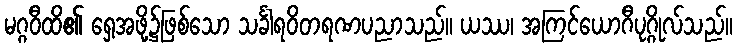
မဂ္ဂဝီထိ၏ ရှေ့အဖို့၌ဖြစ်သော သင်္ခါရဝိတရဏပညာသည်။ ယဿ၊ အကြင်ယောဂီပုဂ္ဂိုလ်သည်။